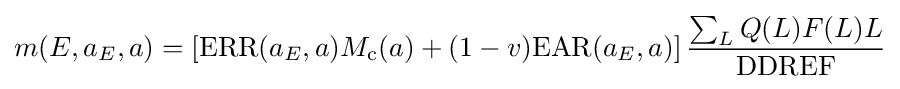
m(E,a_{E},a)=\left[\mathrm {ERR} (a_{E},a)M_{\text{c}}(a)+(1-v)\mathrm {EAR} (a_{E},a)\right]{\frac {\sum _{L}Q(L)F(L)L}{\mathrm {DDREF} }}